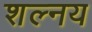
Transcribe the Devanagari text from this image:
शल्नय